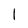
Character: I